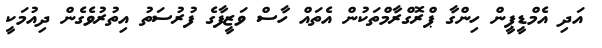
އަދި އެމްޑީޕީން ހިންގާ ޕްރޮގްރާމްތަކުން އެތައް ހާސް ވަޒީފާގެ ފުރުސަތު އިތުރުވެގެން ދިއުމަކީ